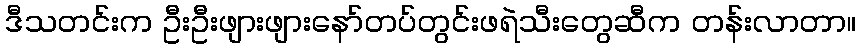
ဒီသတင်းက ဦးဦးဖျားဖျားနော်တပ်တွင်းဖရဲသီးတွေဆီက တန်းလာတာ။